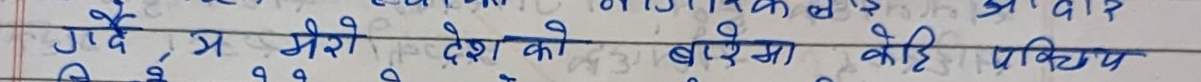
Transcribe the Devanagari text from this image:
गर्दै अ मेरो देशको बारेमा केहि प्रक्रिया